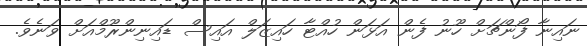
ނައިނާ ފޯންޗަށް ހޫނު ފެން އަޅަން ހުއްޓާ ހައިޒަލް އައިސް ޑައިނިންރޫމްއަށް ވަނެވެ.